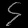
Digit: ၄